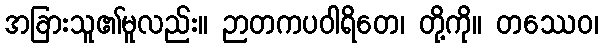
အခြားသူ၏မူလည်း။ ဉာတကပဝါရိတေ၊ တို့ကို။ တဿေဝ၊